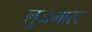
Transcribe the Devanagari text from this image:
लुजगास्ट